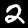
Label: 2